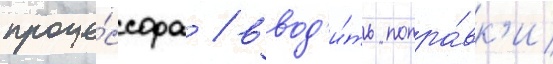
проце́ссора / ввод'и́ть попра́вк'и